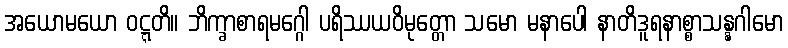
အယောမယော ဝဋ္ဋတိ။ ဘိက္ခာစာရမဂ္ဂေါ ပရိဿယဝိမုတ္တော သမော မနာပေါ နာတိဒူရနာစ္စာသန္နဂါမော